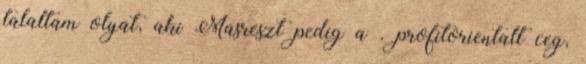
talaltam olyat, aki Masreszt pedig a . profitorientalt ceg,